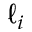
\ell _ { i }